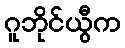
ဂူဘိုင်ယွီက